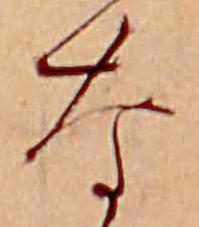
な